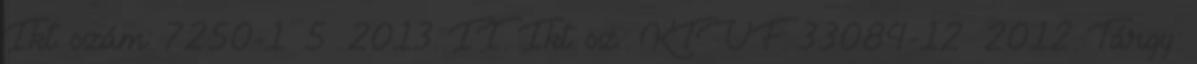
Ikt. szám: 7250-1 5 2013. II. Ikt. sz.: KTVF: 33084-12 2012. Tárgy: